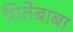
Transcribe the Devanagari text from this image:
गितेबाबा